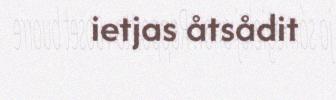
ietjas åtsådit